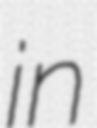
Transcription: in